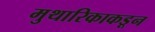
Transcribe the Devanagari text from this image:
मुथारिकाकडून